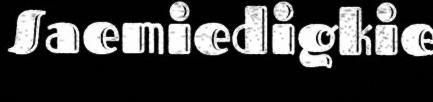
Saemiedigkie